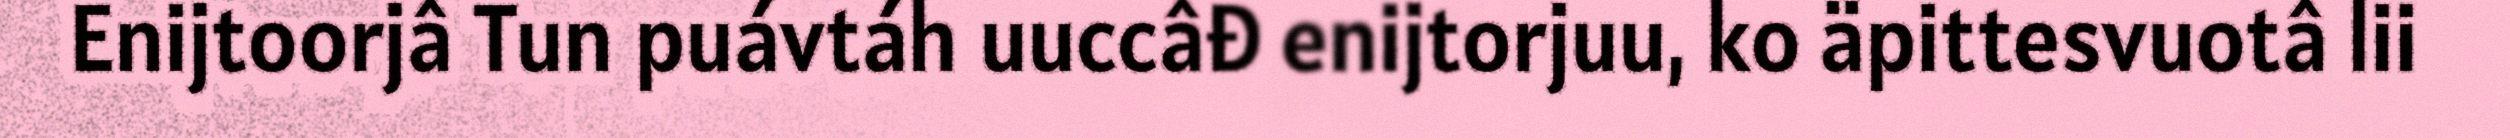
Enijtoorjâ Tun puávtáh uuccâđ enijtorjuu, ko äpittesvuotâ lii